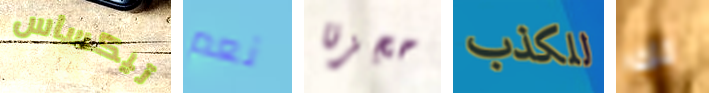
تيكساس نعم حجزنا للكذب لك